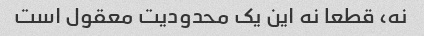
نه، قطعا نه این یک محدودیت معقول است